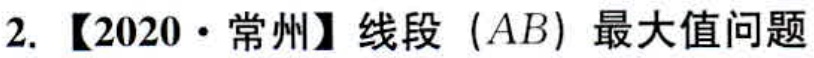
2. 【2020·常州】线段 $(AB)$ 最大值问题